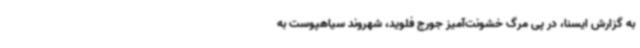
به گزارش ایسنا، در پی مرگ خشونت‌آمیز جورج فلوید، شهروند سیاهپوست به